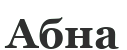
Абна